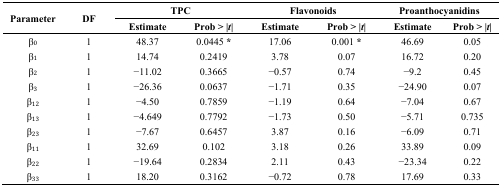
<table><thead><tr><td rowspan="2"><b>Parameter</b></td><td rowspan="2"><b>DF</b></td><td colspan="2"><b>TPC</b></td><td colspan="2"><b>Flavonoids</b></td><td colspan="2"><b>Proanthocyanidins</b></td></tr><tr><td><b>Estimate</b></td><td><b>Prob &gt; |<i>t</i>|</b></td><td><b>Estimate</b></td><td><b>Prob &gt; |<i>t</i>|</b></td><td><b>Estimate</b></td><td><b>Prob &gt; |<i>t</i>|</b></td></tr></thead><tbody><tr><td>β<sub>0</sub></td><td>1</td><td>48.37</td><td>0.0445 *</td><td>17.06</td><td>0.001 *</td><td>46.69</td><td>0.05</td></tr><tr><td>β<sub>1</sub></td><td>1</td><td>14.74</td><td>0.2419</td><td>3.78</td><td>0.07</td><td>16.72</td><td>0.20</td></tr><tr><td>β<sub>2</sub></td><td>1</td><td>−11.02</td><td>0.3665</td><td>−0.57</td><td>0.74</td><td>−9.2</td><td>0.45</td></tr><tr><td>β<sub>3</sub></td><td>1</td><td>−26.36</td><td>0.0637</td><td>−1.71</td><td>0.35</td><td>−24.90</td><td>0.07</td></tr><tr><td>β<sub>12</sub></td><td>1</td><td>−4.50</td><td>0.7859</td><td>−1.19</td><td>0.64</td><td>−7.04</td><td>0.67</td></tr><tr><td>β<sub>13</sub></td><td>1</td><td>−4.649</td><td>0.7792</td><td>−1.73</td><td>0.50</td><td>−5.71</td><td>0.735</td></tr><tr><td>β<sub>23</sub></td><td>1</td><td>−7.67</td><td>0.6457</td><td>3.87</td><td>0.16</td><td>−6.09</td><td>0.71</td></tr><tr><td>β<sub>11</sub></td><td>1</td><td>32.69</td><td>0.102</td><td>3.18</td><td>0.26</td><td>33.89</td><td>0.09</td></tr><tr><td>β<sub>22</sub></td><td>1</td><td>−19.64</td><td>0.2834</td><td>2.11</td><td>0.43</td><td>−23.34</td><td>0.22</td></tr><tr><td>β<sub>33</sub></td><td>1</td><td>18.20</td><td>0.3162</td><td>−0.72</td><td>0.78</td><td>17.69</td><td>0.33</td></tr></tbody></table>